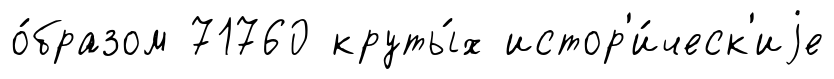
о́бразом 71760 круты́х истор'и́ческ'иjе